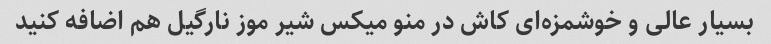
بسیار عالی و خوشمزه‌ای کاش در منو میکس شیر موز نارگیل هم اضافه کنید